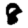
Digit: 8